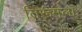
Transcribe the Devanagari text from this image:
तिरूमला